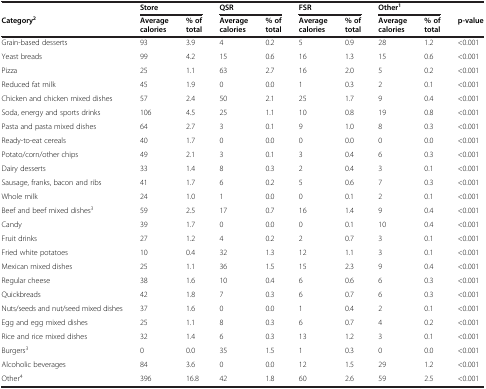
<table><thead><tr><td><b> </b></td><td colspan="2"><b>Store</b></td><td colspan="2"><b>QSR</b></td><td colspan="2"><b>FSR</b></td><td colspan="2"><b>Other<sup>1</sup></b></td><td><b> </b></td></tr><tr><td><b>Category<sup>2</sup></b></td><td><b>Average calories</b></td><td><b>% of total</b></td><td><b>Average calories</b></td><td><b>% of total</b></td><td><b>Average calories</b></td><td><b>% of total</b></td><td><b>Average calories</b></td><td><b>% of total</b></td><td><b>p-value</b></td></tr></thead><tbody><tr><td>Grain-based desserts</td><td>93</td><td>3.9</td><td>4</td><td>0.2</td><td>5</td><td>0.9</td><td>28</td><td>1.2</td><td>&lt;0.001</td></tr><tr><td>Yeast breads</td><td>99</td><td>4.2</td><td>15</td><td>0.6</td><td>16</td><td>1.3</td><td>15</td><td>0.6</td><td>&lt;0.001</td></tr><tr><td>Pizza</td><td>25</td><td>1.1</td><td>63</td><td>2.7</td><td>16</td><td>2.0</td><td>5</td><td>0.2</td><td>&lt;0.001</td></tr><tr><td>Reduced fat milk</td><td>45</td><td>1.9</td><td>0</td><td>0.0</td><td>1</td><td>0.3</td><td>2</td><td>0.1</td><td>&lt;0.001</td></tr><tr><td>Chicken and chicken mixed dishes</td><td>57</td><td>2.4</td><td>50</td><td>2.1</td><td>25</td><td>1.7</td><td>9</td><td>0.4</td><td>&lt;0.001</td></tr><tr><td>Soda, energy and sports drinks</td><td>106</td><td>4.5</td><td>25</td><td>1.1</td><td>10</td><td>0.8</td><td>19</td><td>0.8</td><td>&lt;0.001</td></tr><tr><td>Pasta and pasta mixed dishes</td><td>64</td><td>2.7</td><td>3</td><td>0.1</td><td>9</td><td>1.0</td><td>8</td><td>0.3</td><td>&lt;0.001</td></tr><tr><td>Ready-to-eat cereals</td><td>40</td><td>1.7</td><td>0</td><td>0.0</td><td>0</td><td>0.0</td><td>0</td><td>0.0</td><td>&lt;0.001</td></tr><tr><td>Potato/corn/other chips</td><td>49</td><td>2.1</td><td>3</td><td>0.1</td><td>3</td><td>0.4</td><td>6</td><td>0.3</td><td>&lt;0.001</td></tr><tr><td>Dairy desserts</td><td>33</td><td>1.4</td><td>8</td><td>0.3</td><td>2</td><td>0.4</td><td>3</td><td>0.1</td><td>&lt;0.001</td></tr><tr><td>Sausage, franks, bacon and ribs</td><td>41</td><td>1.7</td><td>6</td><td>0.2</td><td>5</td><td>0.6</td><td>7</td><td>0.3</td><td>&lt;0.001</td></tr><tr><td>Whole milk</td><td>24</td><td>1.0</td><td>1</td><td>0.0</td><td>0</td><td>0.1</td><td>2</td><td>0.1</td><td>&lt;0.001</td></tr><tr><td>Beef and beef mixed dishes<sup>3</sup></td><td>59</td><td>2.5</td><td>17</td><td>0.7</td><td>16</td><td>1.4</td><td>9</td><td>0.4</td><td>&lt;0.001</td></tr><tr><td>Candy</td><td>39</td><td>1.7</td><td>0</td><td>0.0</td><td>0</td><td>0.1</td><td>10</td><td>0.4</td><td>&lt;0.001</td></tr><tr><td>Fruit drinks</td><td>27</td><td>1.2</td><td>4</td><td>0.2</td><td>2</td><td>0.7</td><td>3</td><td>0.1</td><td>&lt;0.001</td></tr><tr><td>Fried white potatoes</td><td>10</td><td>0.4</td><td>32</td><td>1.3</td><td>12</td><td>1.1</td><td>3</td><td>0.1</td><td>&lt;0.001</td></tr><tr><td>Mexican mixed dishes</td><td>25</td><td>1.1</td><td>36</td><td>1.5</td><td>15</td><td>2.3</td><td>9</td><td>0.4</td><td>&lt;0.001</td></tr><tr><td>Regular cheese</td><td>38</td><td>1.6</td><td>10</td><td>0.4</td><td>6</td><td>0.6</td><td>6</td><td>0.3</td><td>&lt;0.001</td></tr><tr><td>Quickbreads</td><td>42</td><td>1.8</td><td>7</td><td>0.3</td><td>6</td><td>0.7</td><td>6</td><td>0.3</td><td>&lt;0.001</td></tr><tr><td>Nuts/seeds and nut/seed mixed dishes</td><td>37</td><td>1.6</td><td>0</td><td>0.0</td><td>1</td><td>0.4</td><td>2</td><td>0.1</td><td>&lt;0.001</td></tr><tr><td>Egg and egg mixed dishes</td><td>25</td><td>1.1</td><td>8</td><td>0.3</td><td>6</td><td>0.7</td><td>4</td><td>0.2</td><td>&lt;0.001</td></tr><tr><td>Rice and rice mixed dishes</td><td>32</td><td>1.4</td><td>6</td><td>0.3</td><td>13</td><td>1.2</td><td>3</td><td>0.1</td><td>&lt;0.001</td></tr><tr><td>Burgers<sup>3</sup></td><td>0</td><td>0.0</td><td>35</td><td>1.5</td><td>1</td><td>0.3</td><td>0</td><td>0.0</td><td>&lt;0.001</td></tr><tr><td>Alcoholic beverages</td><td>84</td><td>3.6</td><td>0</td><td>0.0</td><td>12</td><td>1.5</td><td>29</td><td>1.2</td><td>&lt;0.001</td></tr><tr><td>Other<sup>4</sup></td><td>396</td><td>16.8</td><td>42</td><td>1.8</td><td>60</td><td>2.6</td><td>59</td><td>2.5</td><td>&lt;0.001</td></tr></tbody></table>